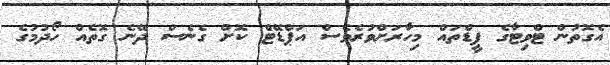
އެގޮތުން ޓްވިޓާގެ ފީޑްތައް މިހާރަށްވުރެވެސް އަޕްޑޭޓް ކޮށް ގެނެސް ދޭނެ ގޮތެއް ހޯދުމުގެ